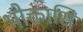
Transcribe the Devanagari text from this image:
भोक्तासि